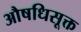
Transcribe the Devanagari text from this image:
औषधिसूक्त